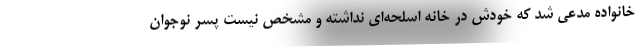
خانواده مدعی شد که خودش در خانه اسلحه‌ای نداشته و مشخص نیست پسر نوجوان